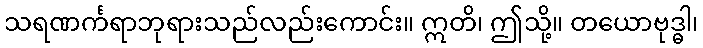
သရဏင်္ကရာဘုရားသည်လည်းကောင်း။ ဣတိ၊ ဤသို့။ တယောဗုဒ္ဓါ၊